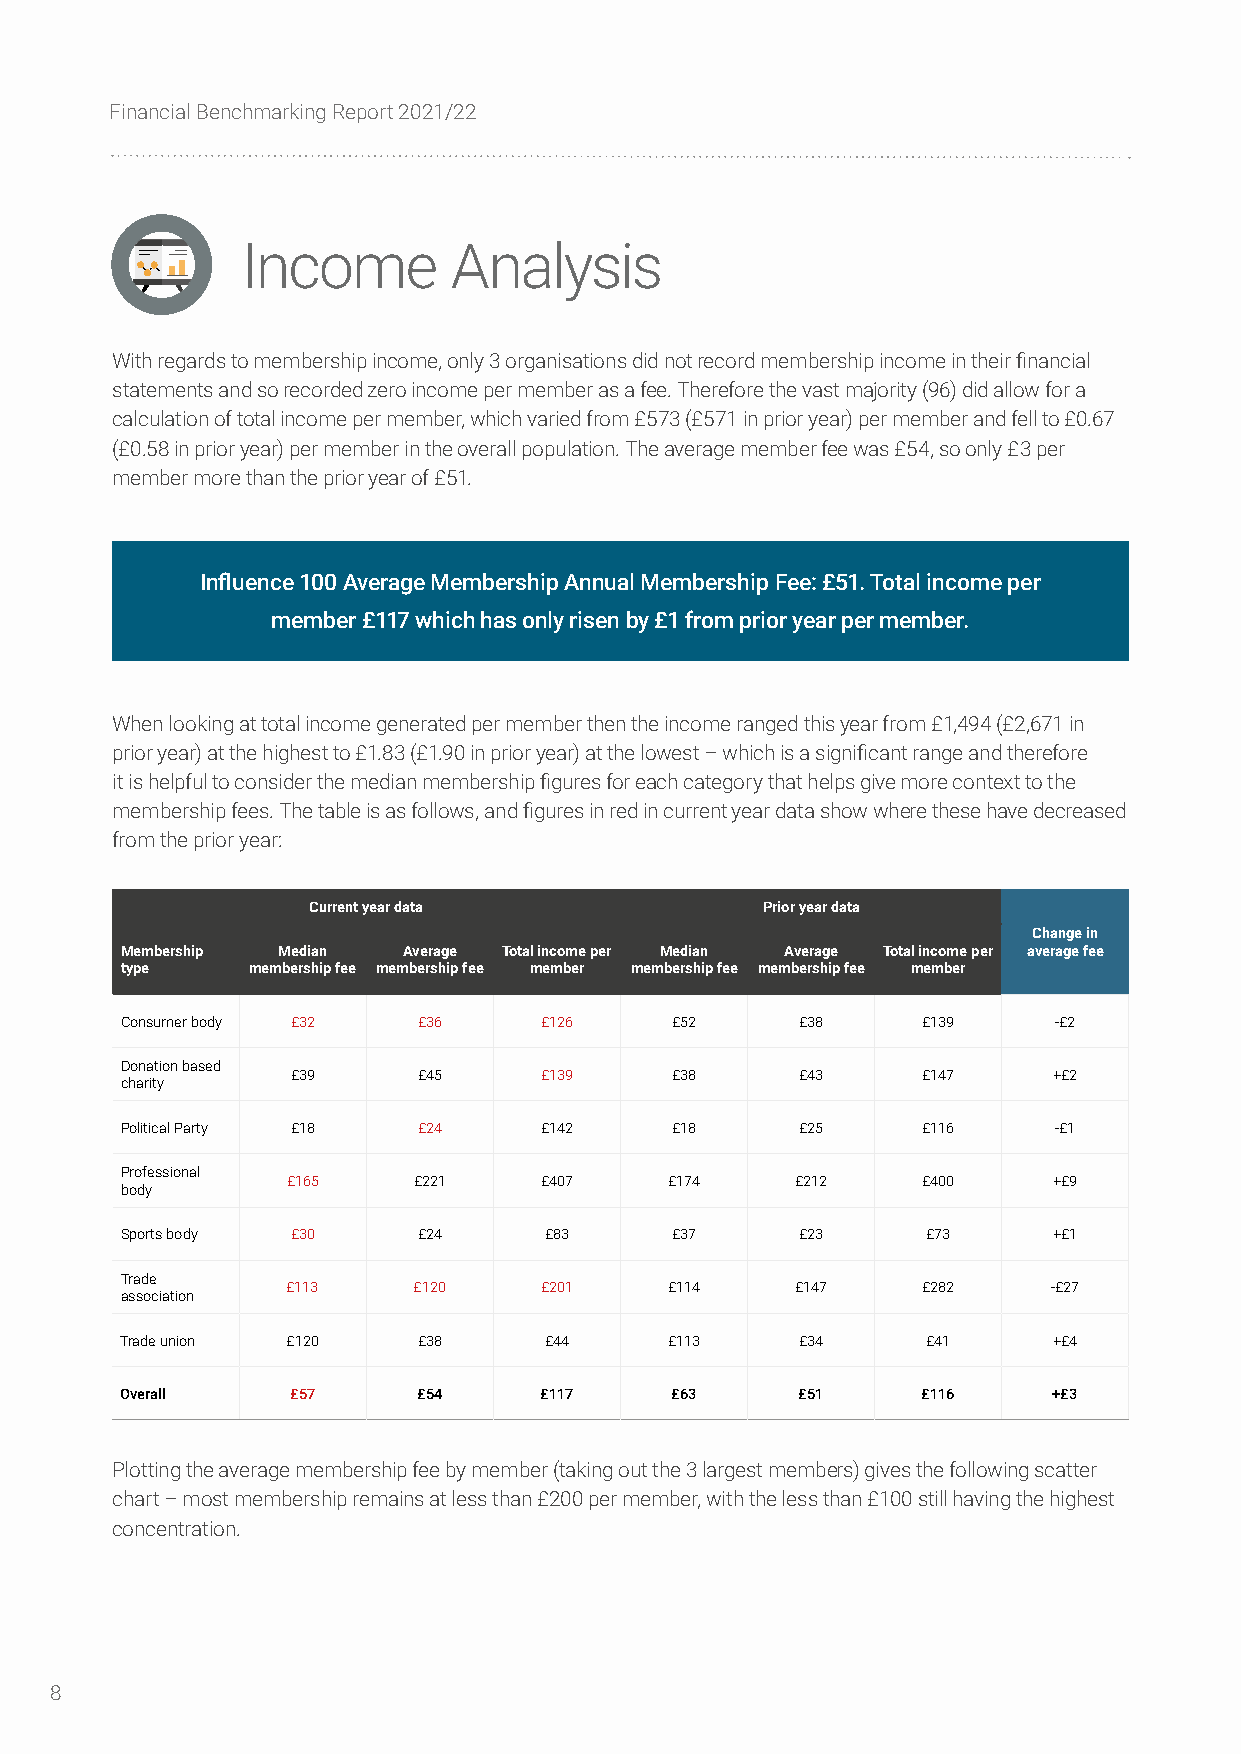
Financial Benchmarking Report 2021/22
 Income        Analysis
 With regards to membership income, only 3 organisations did not record membership income in their financial
 statements and so recorded zero income per member as a fee. Therefore the vast majority (96) did allow for a
 calculation of total income per member, which varied from £573 (£571 in prior year) per member and fell to £0.67
 (£0.58 in prior year) per member in the overall population. The average member fee was £54, so only £3 per
 member more than the prior year of £51.
 Influence 100 Average Membership Annual Membership Fee: £51. Total income per
 member £117 which has only risen by £1 from prior year per member.
 When looking at total income generated per member then the income ranged this year from £1,494 (£2,671 in
 prior year) at the highest to £1.83 (£1.90 in prior year) at the lowest – which is a significant range and therefore
 it is helpful to consider the median membership figures for each category that helps give more context to the
 membership fees. The table is as follows, and figures in red in current year data show where these have decreased
 from the prior year:
 Current year data             Prior year data
 Change in
 Membership Median  Average Total income per Median Average Total income per average fee
 type    membership fee membership fee member membership fee membership fee member
 Consumer body £32   £36     £126    £52      £38     £139     -£2
 Donation based
 £39      £45     £139    £38      £43     £147     +£2
 charity
 Political Party £18 £24     £142    £18      £25     £116     -£1
 Professional
 £165    £221     £407    £174     £212    £400     +£9
 body
 Sports body £30     £24     £83     £37      £23     £73      +£1
 Trade
 £113    £120     £201    £114     £147    £282     -£27
 association
 Trade union £120    £38     £44     £113     £34     £41      +£4
 Overall    £57      £54     £117    £63      £51     £116     +£3
 Plotting the average membership fee by member (taking out the 3 largest members) gives the following scatter
 chart – most membership remains at less than £200 per member, with the less than £100 still having the highest
 concentration.
 8